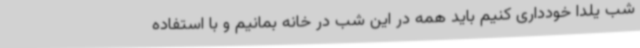
شب یلدا خودداری کنیم باید همه در این شب در خانه بمانیم و با استفاده